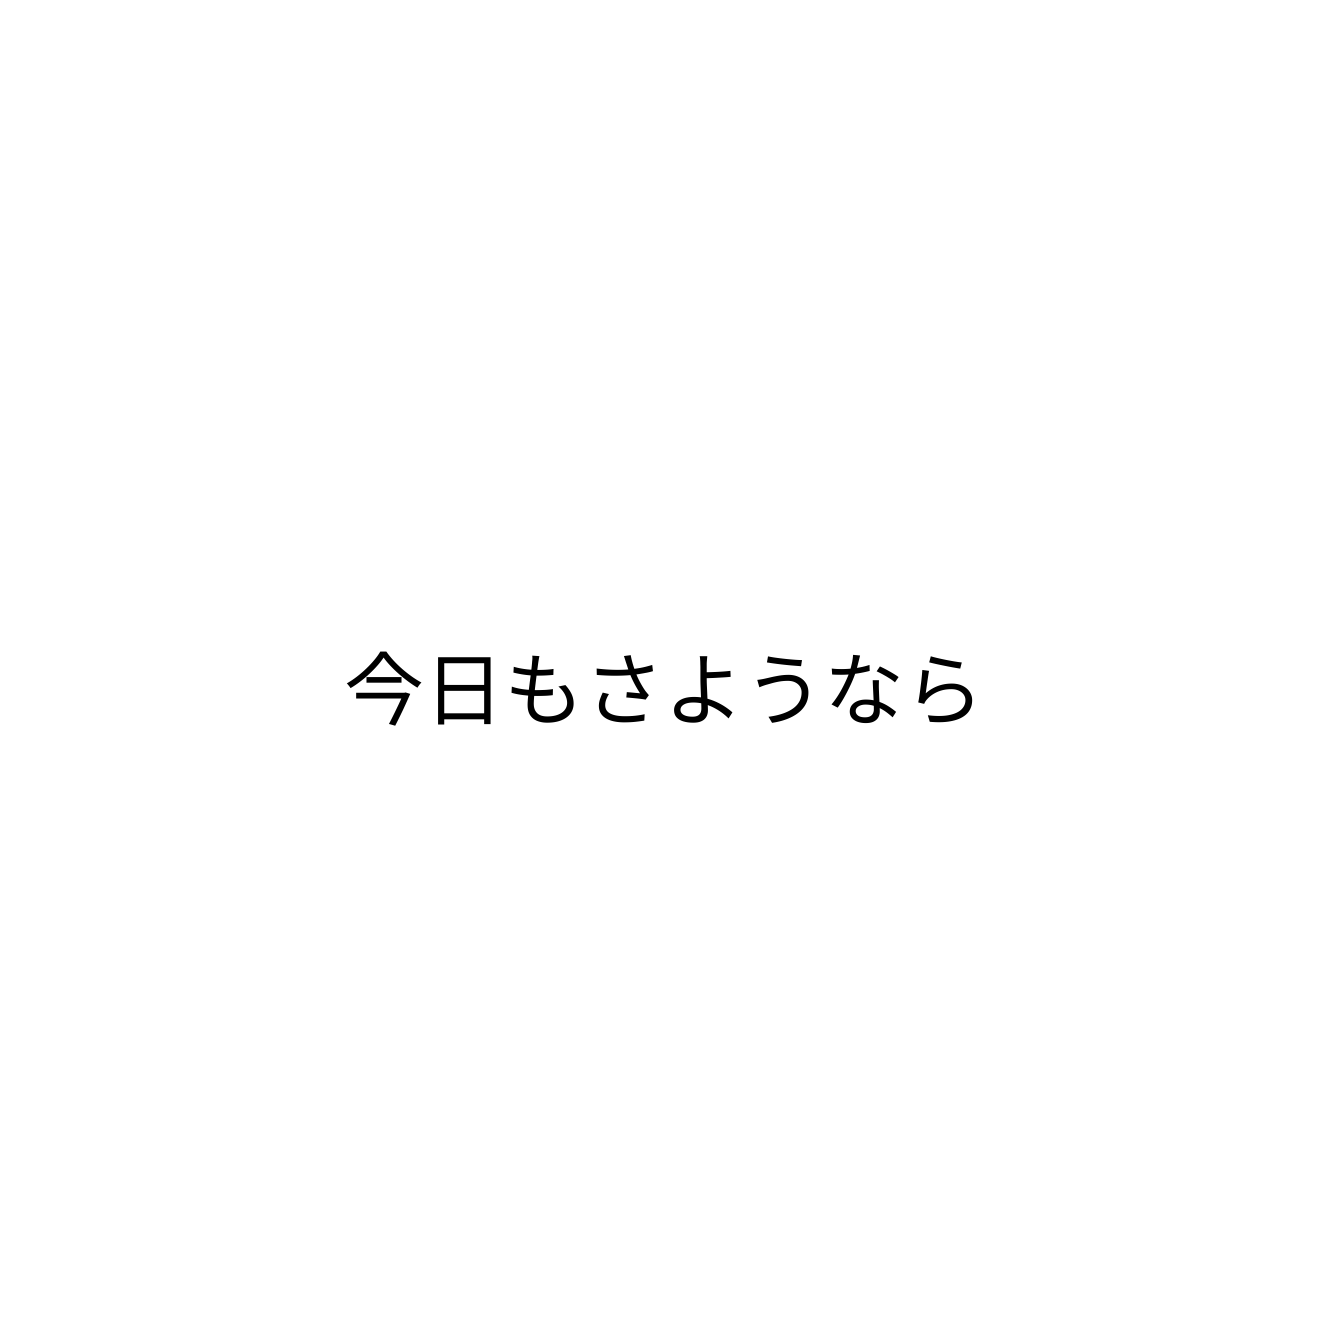
今日もさようなら